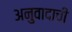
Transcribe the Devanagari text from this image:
अनुवादाची